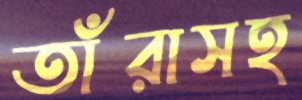
তাঁরাসহ